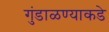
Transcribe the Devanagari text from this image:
गुंडाळण्याकडे